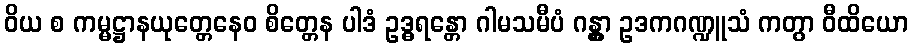
ဝိယ စ ကမ္မဋ္ဌာနယုတ္တေနေဝ စိတ္တေန ပါဒံ ဥဒ္ဓရန္တော ဂါမသမီပံ ဂန္တွာ ဥဒကဂဏ္ဍူသံ ကတွာ ဝီထိယော